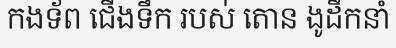
កងទ័ព ជើងទឹក របស់ តោន ងូដឹកនាំ